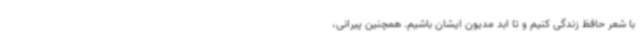
با شعر حافظ زندگی کنیم و تا ابد مدیون ایشان باشیم. همچنین پیرانی،